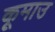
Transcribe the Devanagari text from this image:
कूमाउ